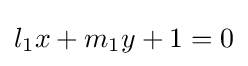
l_{1}x+m_{1}y+1=0